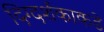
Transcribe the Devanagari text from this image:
दिग्दर्शकाकडे